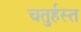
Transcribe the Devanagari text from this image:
चतुर्हस्त